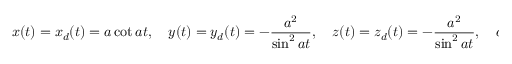
x ( t ) = x _ { d } ( t ) = a \cot a t , \quad y ( t ) = y _ { d } ( t ) = - { \frac { a ^ { 2 } } { \sin ^ { 2 } a t } } , \quad z ( t ) = z _ { d } ( t ) = - { \frac { a ^ { 2 } } { \sin ^ { 2 } a t } } , \quad a : c o n s t .